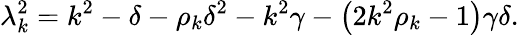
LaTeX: \lambda_{k}^{2}=k^{2}-\delta-\rho_{k}\delta^{2}-k^{2}\gamma-\left(2k^{2}\rho_{k}-1\right)\gamma\delta.